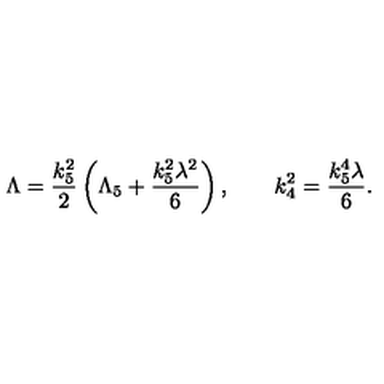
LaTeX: \Lambda = \frac { k _ { 5 } ^ { 2 } } 2 \left( \Lambda _ { 5 } + \frac { k _ { 5 } ^ { 2 } \lambda ^ { 2 } } 6 \right) , \qquad k _ { 4 } ^ { 2 } = \frac { k _ { 5 } ^ { 4 } \lambda } 6 .